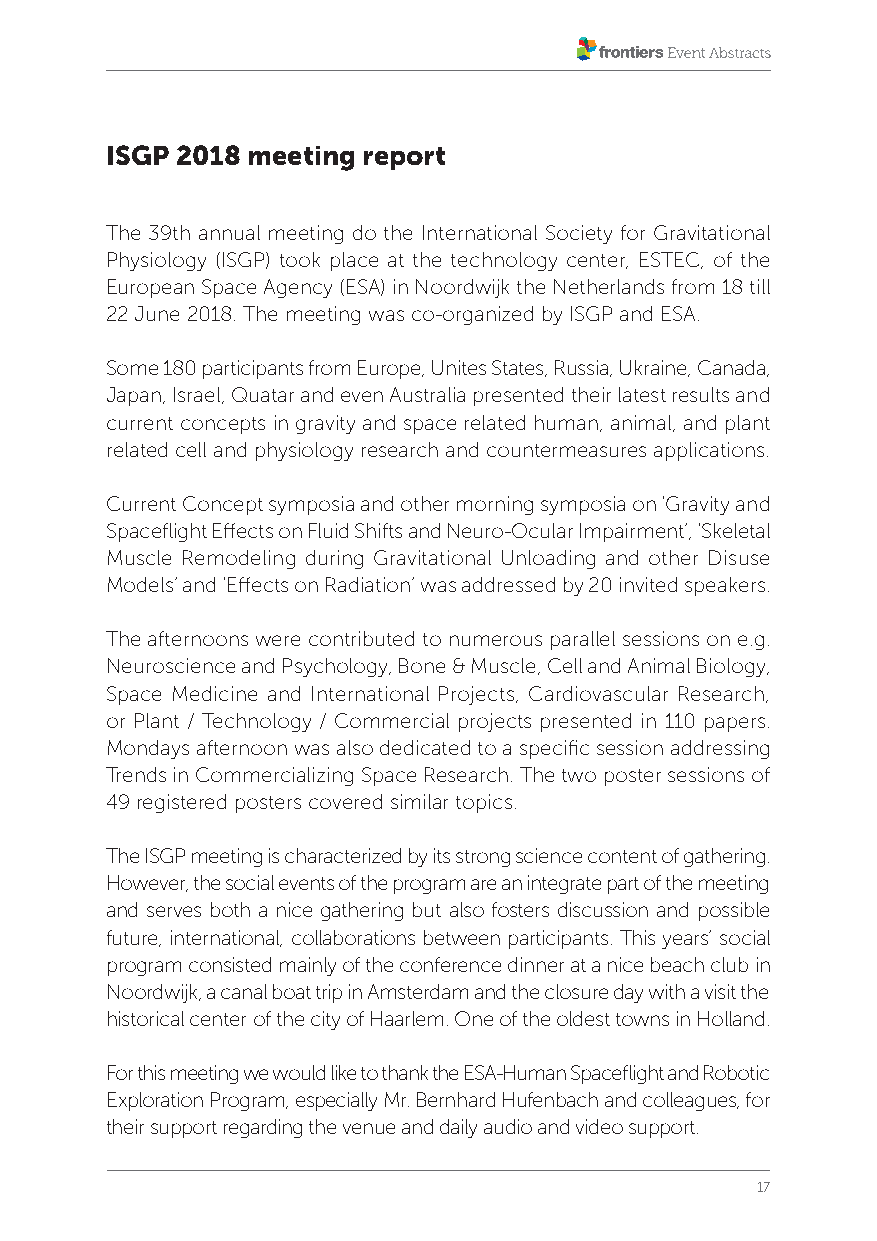
ISGP 2018 meeting report
 The 39th annual meeting do the International Society for Gravitational
 Physiology (ISGP) took place at the technology center, ESTEC, of the
 European Space Agency (ESA) in Noordwijk the Netherlands from 18 till
 22 June 2018. The meeting was co-organized by ISGP and ESA.
 Some 180 participants from Europe, Unites States, Russia, Ukraine, Canada,
 Japan, Israel, Quatar and even Australia presented their latest results and
 current concepts in gravity and space related human, animal, and plant
 related cell and physiology research and countermeasures applications.
 Current Concept symposia and other morning symposia on ‘Gravity and
 Spaceflight Effects on Fluid Shifts and Neuro-Ocular Impairment’, ‘Skeletal
 Muscle Remodeling during Gravitational Unloading and other Disuse
 Models’ and ‘Effects on Radiation’ was addressed by 20 invited speakers.
 The afternoons were contributed to numerous parallel sessions on e.g.
 Neuroscience and Psychology, Bone & Muscle, Cell and Animal Biology,
 Space Medicine and International Projects, Cardiovascular Research,
 or Plant / Technology / Commercial projects presented in 110 papers.
 Mondays afternoon was also dedicated to a specific session addressing
 Trends in Commercializing Space Research. The two poster sessions of
 49 registered posters covered similar topics.
 The ISGP meeting is characterized by its strong science content of gathering.
 However, the social events of the program are an integrate part of the meeting
 and serves both a nice gathering but also fosters discussion and possible
 future, international, collaborations between participants. This years’ social
 program consisted mainly of the conference dinner at a nice beach club in
 Noordwijk, a canal boat trip in Amsterdam and the closure day with a visit the
 historical center of the city of Haarlem. One of the oldest towns in Holland.
 For this meeting we would like to thank the ESA-Human Spaceflight and Robotic
 Exploration Program, especially Mr. Bernhard Hufenbach and colleagues, for
 their support regarding the venue and daily audio and video support.
 17